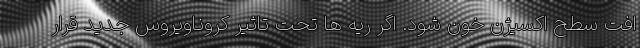
افت سطح اکسیژن خون شود. اگر ریه ها تحت تاثیر کروناویروس جدید قرار